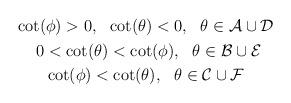
LaTeX: \begin{align*}\begin{gathered}\cot(\phi)>0,\ \ \cot(\theta)<0,\ \ \theta\in\mathcal{A}\cup\mathcal{D}\\ \ 0< \cot(\theta)<\cot(\phi), \ \ \theta\in\mathcal{B}\cup\mathcal{E} \\ \cot(\phi)<\cot(\theta), \ \ \theta\in\mathcal{C}\cup\mathcal{F}\end{gathered} \end{align*}